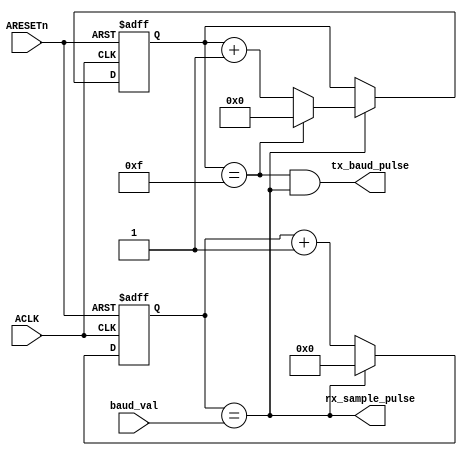
module baud_clk_gen (
input        	ACLK,
input        	ARESETn,
input [12:0] 	baud_val,
output 		tx_baud_pulse,
output 		rx_sample_pulse
);

reg [12:0] baud_cnt;

always @ (posedge ACLK or negedge ARESETn)
begin
	if(!ARESETn)
	begin
		baud_cnt <= 13'h0;
	end
	else
	begin
		if(rx_sample_pulse)
		begin
			baud_cnt <= 13'h0;	
		end
		else
		begin
			baud_cnt <= baud_cnt + 13'h1;
		end
	end
end

assign rx_sample_pulse = (baud_cnt == baud_val);

reg[3:0] tx_cnt;
wire tx_pulse_en = tx_cnt == 4'hf;
always @ (posedge ACLK or negedge ARESETn)
begin
	if(!ARESETn)
	begin
		tx_cnt <= 4'h0;
	end
	else
	begin
		if(rx_sample_pulse)
		begin
			if(tx_pulse_en)
			begin
				tx_cnt <= 4'h0;
			end
			else
			begin
				tx_cnt <= tx_cnt + 4'h1;
			end
		end
	end
end

assign tx_baud_pulse = tx_pulse_en && rx_sample_pulse;

endmodule